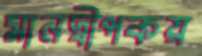
মানদ্বীপকয়